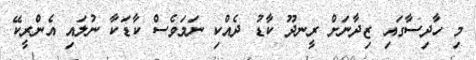
މި ހާދިސާގައި ޒިދާނަށް ރީނދޫ ކާޑު ދެއްކި ނަމަވެސް ކާޑަކާ ނުލައި އެންރީކޭ